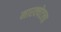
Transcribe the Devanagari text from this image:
मारक्येटला